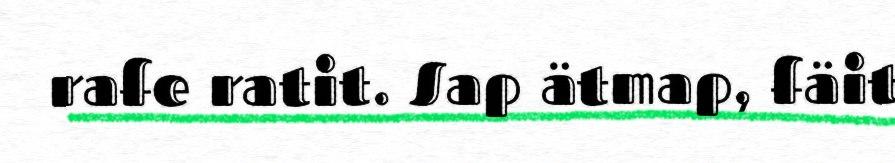
rafe ratit. Sap ätmap, fäit